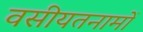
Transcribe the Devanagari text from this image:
वसीयतनामों